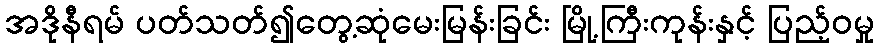
အဒိုနီရမ် ပတ်သတ်၍တွေ့ဆုံမေးမြန်းခြင်း မြို့ကြီးကုန်းနှင့် ပြည့်ဝမှု